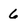
Character: 6